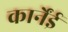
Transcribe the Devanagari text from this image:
कार्नेंई